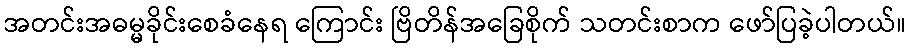
အတင်းအဓမ္မခိုင်းစေခံနေရ ကြောင်း ဗြိတိန်အခြေစိုက် သတင်းစာက ဖော်ပြခဲ့ပါတယ်။